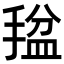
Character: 𫽡